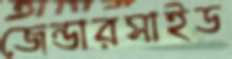
জেন্ডারসাইড